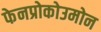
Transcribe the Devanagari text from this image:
फेनप्रोकोउमोन